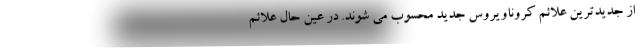
از جدیدترین علائم کروناویروس جدید محسوب می شوند. در عین حال علائم